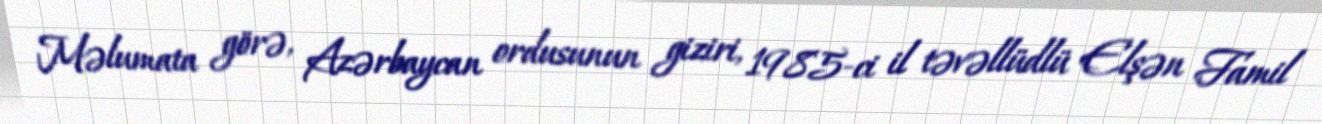
Məlumata görə, Azərbaycan ordusunun giziri, 1985-ci il təvəllüdlü Elşən Famil